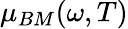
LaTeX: \mu_{BM}(\omega,T)